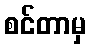
စင်တာမှ